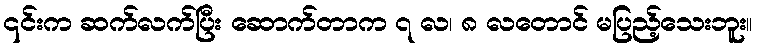
၎င်းက ဆက်လက်ပြီး ဆောက်တာက ၇ လ၊ ၈ လတောင် မပြည့်သေးဘူး။